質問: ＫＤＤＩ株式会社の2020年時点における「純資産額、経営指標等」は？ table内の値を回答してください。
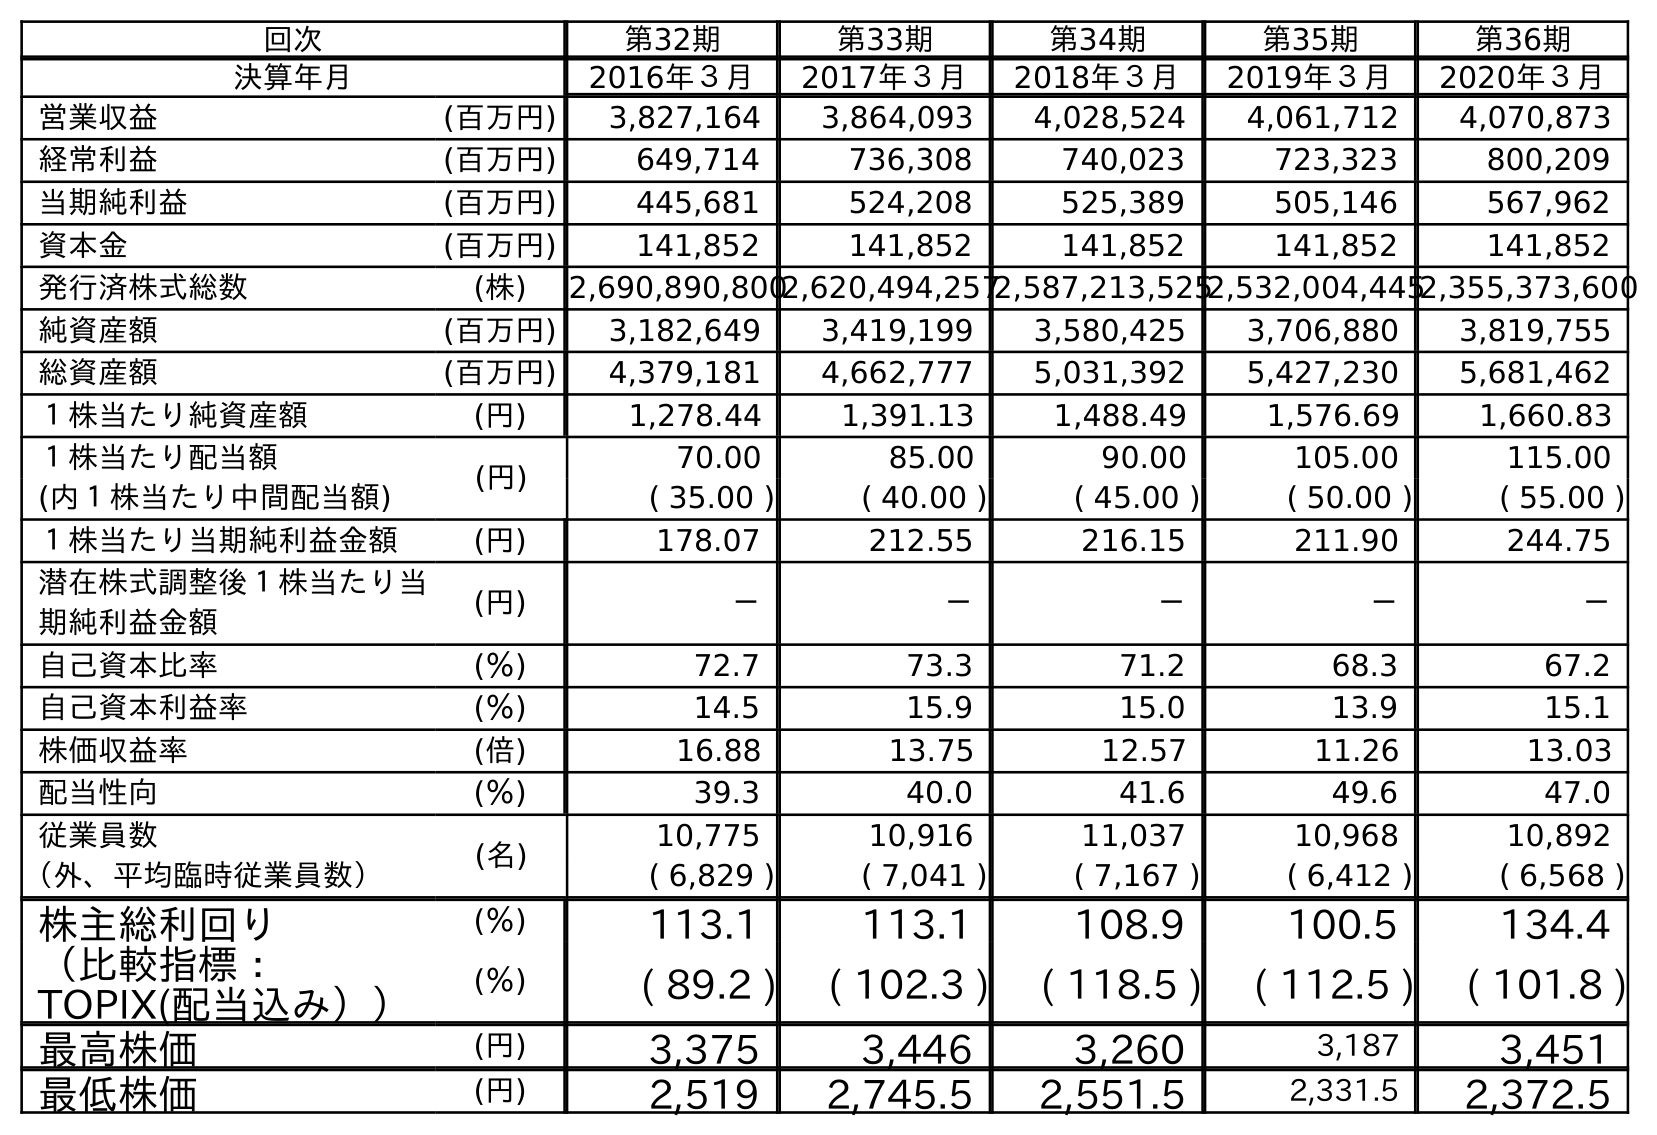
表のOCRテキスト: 回次 第32期 第33期 第34期 第35期 第36期 決算年月 2016年３月 2017年３月 2018年３月 2019年３月 2020年３月 営業収益 (百万円) 3,827,164 3,864,093 4,028,524 4,061,712 4,070,873 経常利益 (百万円) 649,714 736,308 740,023 723,323 800,209 当期純利益 (百万円) 445,681 524,208 525,389 505,146 567,962 資本金 (百万円) 141,852 141,852 141,852 141,852 141,852 発行済株式総数 (株) 2,690,890,8002,620,494,2572,587,213,5252,532,004,4452,355,373,600 純資産額 (百万円) 3,182,649 3,419,199 3,580,425 3,706,880 3,819,755 総資産額 (百万円) 4,379,181 4,662,777 5,031,392 5,427,230 5,681,462 １株当たり純資産額 (円) 1,278.44 1,391.13 1,488.49 1,576.69 1,660.83 １株当たり配当額 (円) 70.00 85.00 90.00 105.00 115.00 (内１株当たり中間配当額) ( 35.00 ) ( 40.00 ) ( 45.00 ) ( 50.00 ) ( 55.00 ) １株当たり当期純利益金額 (円) 178.07 212.55 216.15 211.90 244.75 潜在株式調整後１株当たり当 期純利益金額 (円) － － － － － 自己資本比率 (％) 72.7 73.3 71.2 68.3 67.2 自己資本利益率 (％) 14.5 15.9 15.0 13.9 15.1 株価収益率 (倍) 16.88 13.75 12.57 11.26 13.03 配当性向 (％) 39.3 40.0 41.6 49.6 47.0 従業員数 (名) 10,775 10,916 11,037 10,968 10,892 （外、平均臨時従業員数） ( 6,829 ) ( 7,041 ) ( 7,167 ) ( 6,412 ) ( 6,568 ) 株主総利回り (％) 113.1 113.1 108.9 100.5 134.4 （比較指標： TOPIX(配当込み）） (％) ( 89.2 ) ( 102.3 ) ( 118.5 ) ( 112.5 ) ( 101.8 ) 最高株価 (円) 3,375 3,446 3,260 3,187 3,451 最低株価 (円) 2,519 2,745.5 2,551.5 2,331.5 2,372.5
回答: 3,819,755